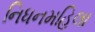
નિધનમહિલા